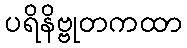
ပရိနိဗ္ဗုတကထာ